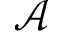
\mathcal A